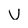
Character: v